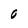
Character: o